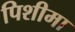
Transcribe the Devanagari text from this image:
पिशीमा